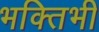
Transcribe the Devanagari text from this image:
भक्तिभी